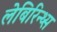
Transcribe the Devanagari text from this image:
लेबिरिन्थ्स